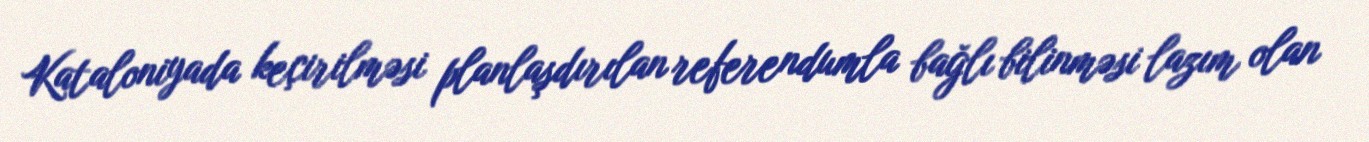
Kataloniyada keçirilməsi planlaşdırılan referendumla bağlı bilinməsi lazım olan